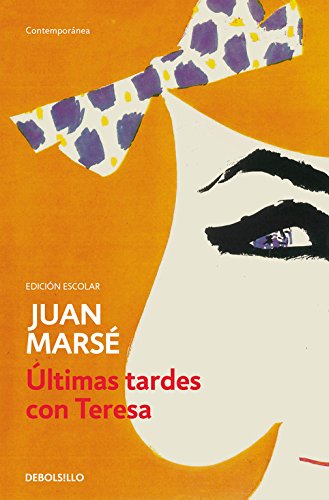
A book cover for ÃEltimas tardes con Teresa (Spanish Edition); Juan MarsÃ©; Romance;